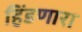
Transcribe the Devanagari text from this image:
हिंडणारा